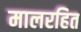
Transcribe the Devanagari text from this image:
मालरहित